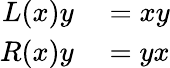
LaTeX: \begin{array}{rl}{L(x)y}&{{}=xy}\\ {R(x)y}&{{}=yx}\end{array}